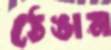
ঠেঙান